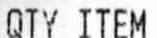
QTY ITEM